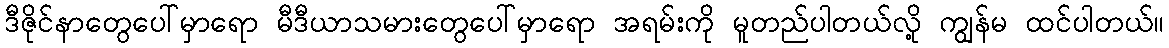
ဒီဇိုင်နာတွေပေါ်မှာရော မီဒီယာသမားတွေပေါ်မှာရော အရမ်းကို မူတည်ပါတယ်လို့ ကျွန်မ ထင်ပါတယ်။